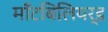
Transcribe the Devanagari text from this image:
माँटबिलियर्ड